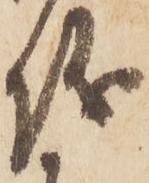
儀